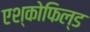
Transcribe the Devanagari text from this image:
एश्कोफिल्ड